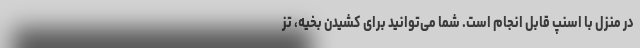
در منزل با اسنپ قابل انجام است. شما می‌توانید برای کشیدن بخیه، تز